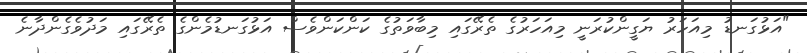
"އަޅުގަނޑު މިއަހަރު ޔަގީންކުރަނީ މިއަހަރުގެ ތެރޭގައި މިބާވަތުގެ ކަންކަންވެސް އަޅުގަނޑުމެންގެ ތެރޭގައި މަދުވެގެންދާނެ